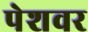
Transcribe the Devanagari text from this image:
पेशवर